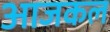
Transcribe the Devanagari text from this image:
अाजकल